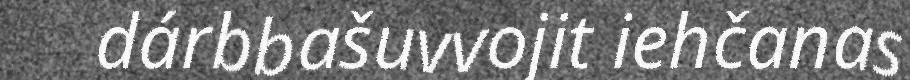
dárbbašuvvojit iehčanas